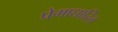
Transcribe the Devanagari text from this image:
प्रेमाधारित